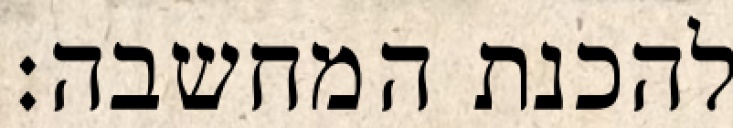
להכנת המחשבה: